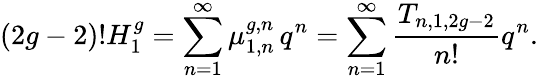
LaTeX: (2g-2)!H_{1}^{g}=\sum_{n=1}^{\infty}\mu_{1,n}^{g,n}\, q^{n}=\sum_{n=1}^{\infty}\frac{T_{n,1,2g-2}}{n!}q^{n}.